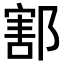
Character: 𨝃